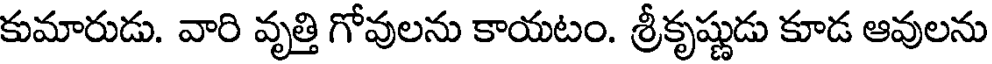
కుమారుడు. వారి వృత్తి గోవులను కాయటం. శ్రీకృష్ణుడు కూడ ఆవులను